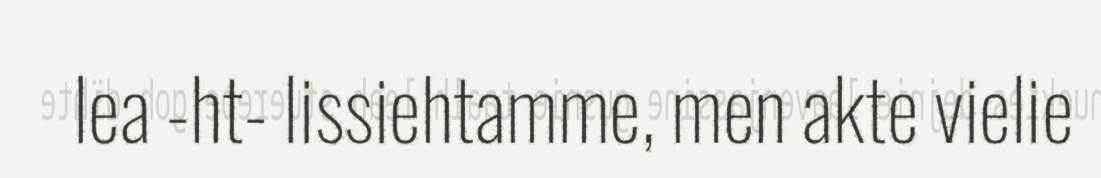
lea -ht- lissiehtamme, men akte vielie